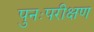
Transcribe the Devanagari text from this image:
पुनःपरीक्षण